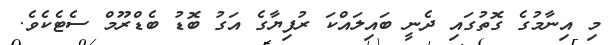
މި އިނާމުގެ ގޮތުގައި ދެނީ ބައިލައްކަ ރުފިޔާގެ އަގު ބޮޑު ބެޑްރޫމް ސެޓެކެވެ.